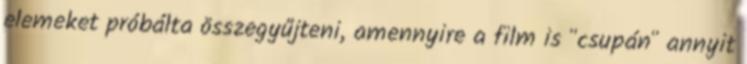
elemeket próbálta összegyűjteni, amennyire a film is "csupán" annyit